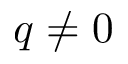
q \neq 0